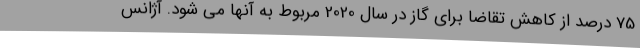
75 درصد از کاهش تقاضا برای گاز در سال 2020 مربوط به آنها می شود. آژانس